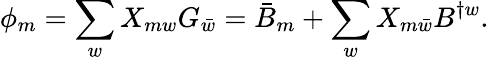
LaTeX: \phi_{m}=\sum_{w}X_{mw}G_{\bar{w}}=\bar{B}_{m}+\sum_{w}X_{m\bar{w}}B^{\dagger w}.